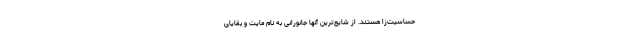
حساسیت‌زا هستند. از شایع‌ترین آنها جانورانی به نام مایت و بقایای